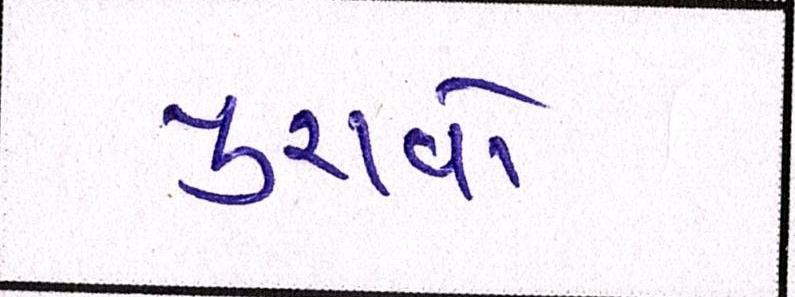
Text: પુરાવો